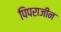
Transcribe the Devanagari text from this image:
पिपराजीन